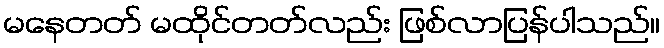
မနေတတ် မထိုင်တတ်လည်း ဖြစ်လာပြန်ပါသည်။